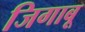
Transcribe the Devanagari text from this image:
जिगाबू